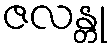
ဇလန္တု